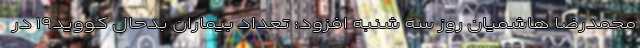
محمدرضا هاشمیان روز سه شنبه افزود: تعداد بیماران بدحال کووید۱۹ در